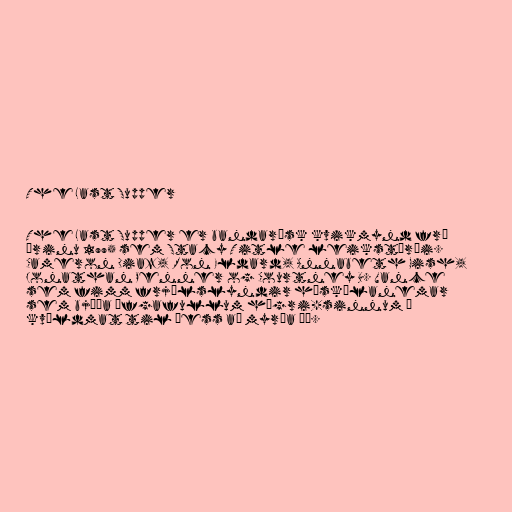
The Last Supper

The Last Supper er bandarísk kvikmynd frá
árinu 1995 sem Stacy Title leikstýrði.
Cameron Diaz, Ron Eldard, Annabeth Gish,
Jonathan Penner og Courtney B. Vance
sem fimm frjálslyndir háskólanemar
sem bjóða öfgafullum hægri-sinnum í
kvöldmat til þess að myrða þá.